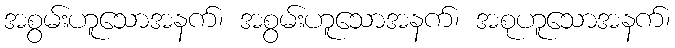
အစွမ်းဟူသောအနက်၊ အစွမ်းဟူသောအနက်၊ အစုဟူသောအနက်၊